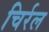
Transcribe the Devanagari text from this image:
चिर्रल